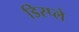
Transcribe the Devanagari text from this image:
डिस्‍प्‍ले